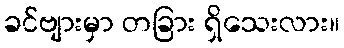
ခင်ဗျားမှာ တခြား ရှိသေးလား။